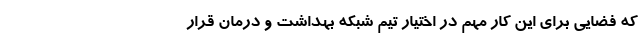
که فضایی برای این کار مهم در اختیار تیم شبکه بهداشت و درمان قرار